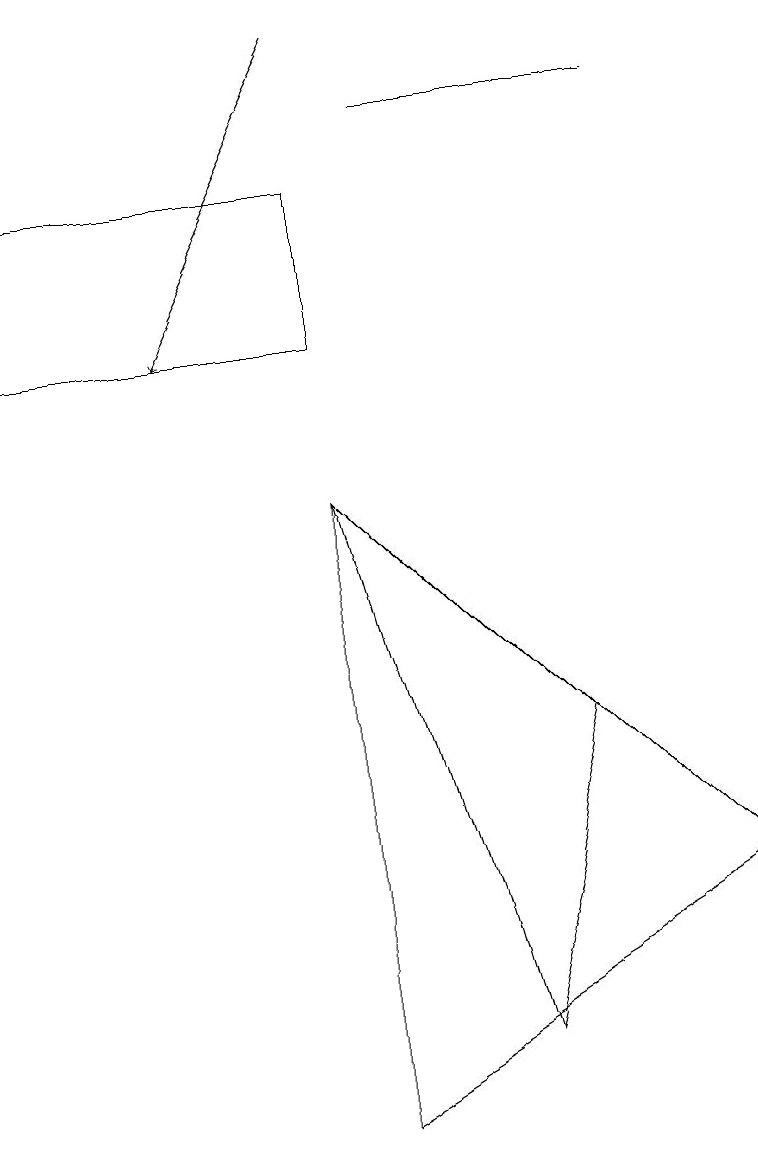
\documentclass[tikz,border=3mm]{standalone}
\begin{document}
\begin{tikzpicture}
\draw (4,11) rectangle (0,13);
\draw (8,14) rectangle (5,14);
\draw (4,9) -- (9,4) -- (4,1) -- cycle;
\draw (4,9) -- (7,6) -- (6,2) -- cycle;
\draw[->] (4,15) -- (2,11);
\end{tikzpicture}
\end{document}